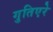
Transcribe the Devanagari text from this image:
गुतिएरे